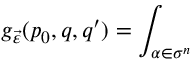
g _ { \vec { \varepsilon } } ( p _ { 0 } , q , q ^ { \prime } ) = \int _ { \alpha \in \sigma ^ { n } }